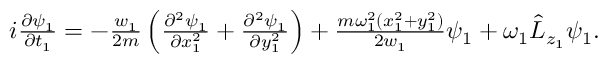
\begin{array} { r } { i \frac { \partial \psi _ { 1 } } { \partial t _ { 1 } } = - \frac { w _ { 1 } } { 2 m } \left( \frac { \partial ^ { 2 } \psi _ { 1 } } { \partial x _ { 1 } ^ { 2 } } + \frac { \partial ^ { 2 } \psi _ { 1 } } { \partial y _ { 1 } ^ { 2 } } \right) + \frac { m \omega _ { 1 } ^ { 2 } ( x _ { 1 } ^ { 2 } + y _ { 1 } ^ { 2 } ) } { 2 w _ { 1 } } \psi _ { 1 } + \omega _ { 1 } \hat { L } _ { z _ { 1 } } \psi _ { 1 } . } \end{array}